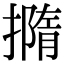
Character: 撱